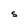
Character: S